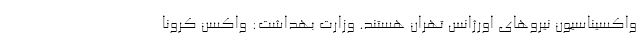
واکسیناسیون نیروهای اورژانس تهران هستند. وزارت بهداشت: واکسن کرونا